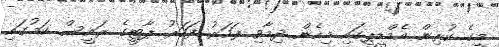
މީގެ ކުރިން އެމްޑީޕީގައި މިހެން ދިމާވި ފަހަރު ފަހަރު ޕާޓީގެ ރައީސް ކަމުގައި